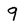
Character: 9